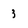
Character: 3